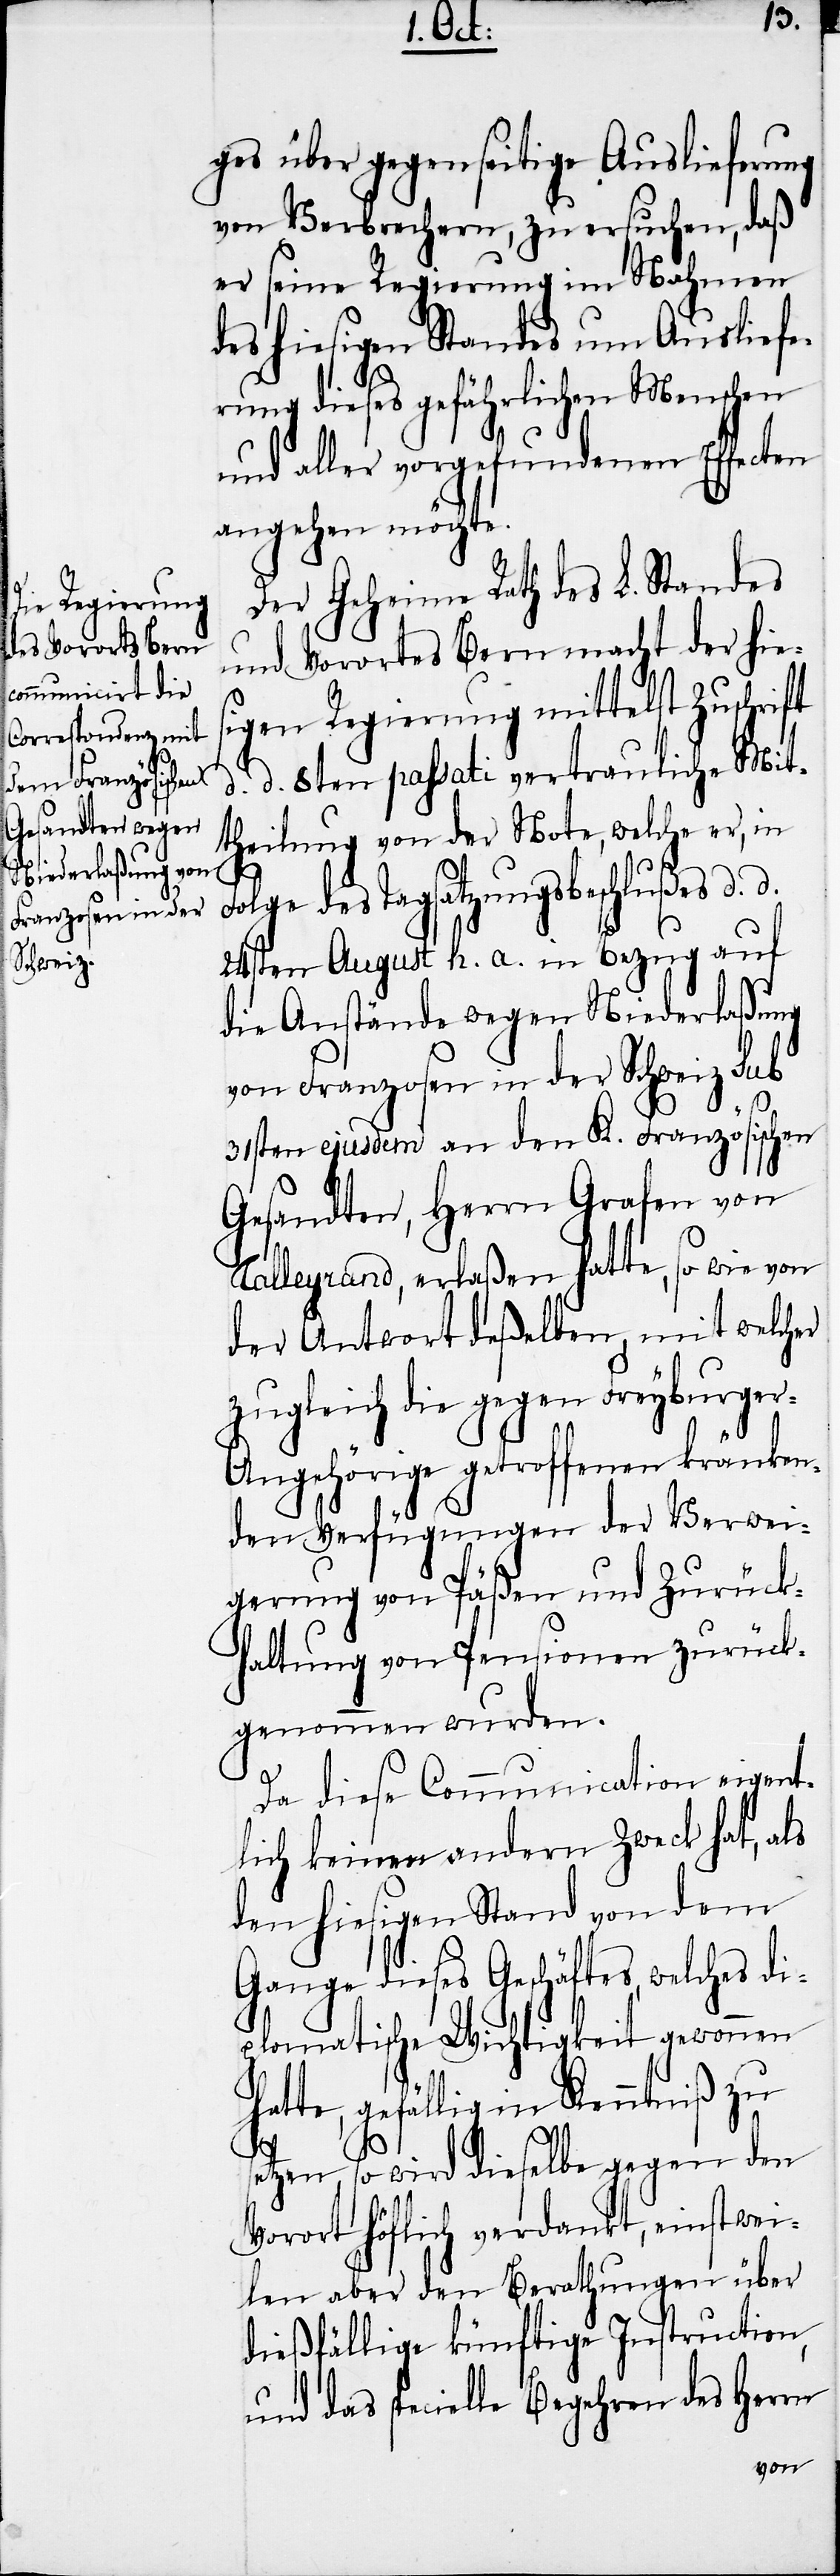
ges über gegenseitige Auslieferung
von Verbrechern, zu ersuchen, daß
er seine Regierung im Nahmen
des hiesigen Standes um Ausliefe¬
rung dieses gefährlichen Menschen
und aller vorgefundenen Effecten
angehen möchte.
Der Geheime Rath des L. Standes
und Vorortes Bern macht der hies¬
igen Regierung mittelst Zuschrift
d. d. 8ten passati vertrauliche Mit¬
theilung von der Note, welche er, in
olge des Tagsatzungsbeschlußes d.
24sten August h. a. in Bezug auf
die Anstände wegen Niederlaßung
von Franzosen in der Schweiz sub
31sten ejusdem an den K. Französischen
Gesandten, Herrn Grafen von
Talleyrand, erlaßen hatte, so wie von
der Antwort deßelben, mit welcher
zugleich die gegen Freyburger-A¬
d.
ngehörige getroffenen kränken¬
den Verfügungen der Verwei¬
gerung von Päßen und Zurück¬
haltung von Pensionen zurück¬
genommen wurden.
Da diese Communication eigent¬
lich keinen andern Zweck hat, als
den hiesigen Stand von dem
Gange dieses Geschäftes, welches di¬
plomatische Wichtigkeit gewonnen
hatte, gefällig in Kenntniß zu
s¬
etzen, so wird dieselbe gegen den
Vorort höflich verdankt, einstwei¬
len aber den Berathungen über
dießfällige künftige Instruction,
und das specielle Begehren des Herrn